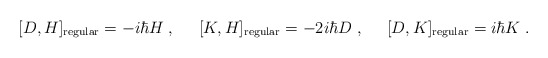
\begin{align*}[D,H]_{\rm regular}= - i \hbar H \; ,\;\; \; \; \;[K,H]_{\rm regular} = - 2 i \hbar D\; ,\;\; \; \; \;[D, K]_{\rm regular} = i \hbar K\; .\end{align*}